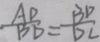
\frac { A D } { B D } = \frac { B D } { D C }